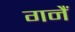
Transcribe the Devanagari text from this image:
गनैं